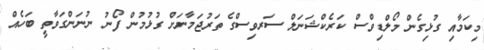
މިކަމާއި ގުޅިގެން މޯލްޑިވްސް ކަރެކްޝަނަލް ސަރވިސްގެ ތަރުޖަމާނަށް ގުޅުމުން ފޯނު ނުނަންގަވާތީ ބަހެއް